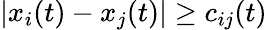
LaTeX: |x_{i}(t)-x_{j}(t)|\geq c_{ij}(t)